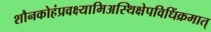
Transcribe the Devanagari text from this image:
शौनकोहंप्रवक्ष्यामिअस्थिक्षेपविधिंक्रमात्